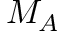
M _ { A }